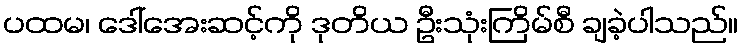
ပထမ၊ ဒေါ်အေးဆင့်ကို ဒုတိယ ဦးသုံးကြိမ်စီ ချခဲ့ပါသည်။